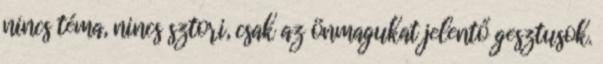
nincs téma, nincs sztori, csak az önmagukat jelentő gesztusok.